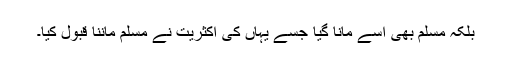
بلکہ مسلم بھی اسے مانا گیا جسے یہاں کی اکثریت نے مسلم ماننا قبول کیا۔